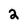
Character: 2